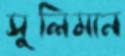
সুলিমান